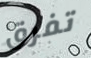
تفرق